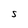
Character: S